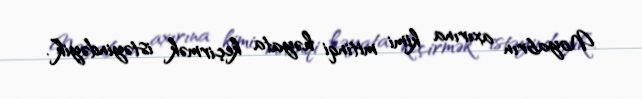
Noyabrın axırına kimi mitinqi həyata keçirmək istəyindəyik”.